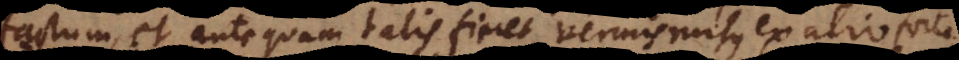
factum, et antequam talis fieret vermis rursus ex alio forte